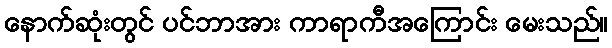
နောက်ဆုံးတွင် ပင်ဘာအား ကာရာကီအကြောင်း မေးသည်။